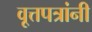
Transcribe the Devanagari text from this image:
वृ्त्तपत्रांनी